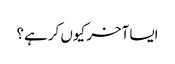
ایسا آخر کیوں کر ہے؟